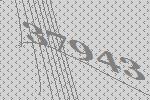
37943